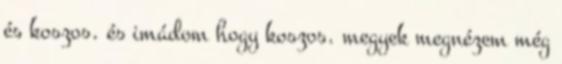
és koszos. és imádom hogy koszos. megyek megnézem még